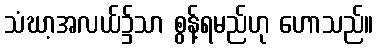
သံဃာ့အလယ်၌သာ စွန့်ရမည်ဟု ဟောသည်။